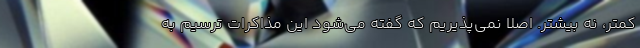
کمتر، نه بیشتر. اصلا نمی‌پذیریم که گفته می‌شود این مذاکرات ترسیم به